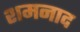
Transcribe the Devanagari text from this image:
शमनाद